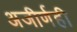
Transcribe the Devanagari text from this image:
अजीर्णही